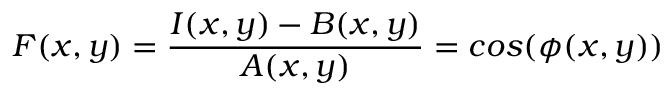
F ( x , y ) = \frac { I ( x , y ) - B ( x , y ) } { A ( x , y ) } = c o s ( { \phi } ( x , y ) )